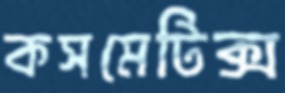
কসমেটিক্স